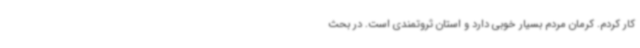
کار کردم. کرمان مردم بسیار خوبی دارد و استان ثروتمندی است. در بحث